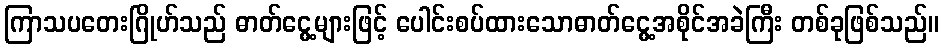
ကြာသပတေးဂြိုဟ်သည် ဓာတ်ငွေ့များဖြင့် ပေါင်းစပ်ထားသောဓာတ်ငွေ့အစိုင်အခဲကြီး တစ်ခုဖြစ်သည်။